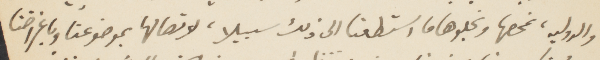
والدولية، نمحصها ونجلوها ما استطغنا الى ذلك سبيلا، لاتصالها بموضوعنا وباغراضنا